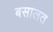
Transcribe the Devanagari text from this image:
बसालत